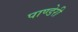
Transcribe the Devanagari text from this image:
पाण्डेरी